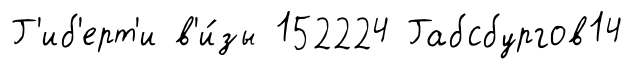
Г'иб'ерт'и в'и́зы 152224 Габсбургов14